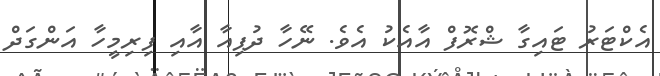
އެކްޓަރު ޓައިގާ ޝްރޮފް އާއެކު އެވެ. ނޭހާ ދުޕިއާ އާއި ފިރިމީހާ އަންގަދް